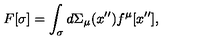
F [ \sigma ] = \int _ { \sigma } { d \Sigma _ { \mu } ( x ^ { \prime \prime } ) f ^ { \mu } [ x ^ { \prime \prime } ] } ,